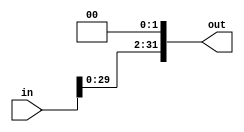
`timescale 1ns / 1ps
//////////////////////////////////////////////////////////////////////////////////
// Company: 
// Engineer: 
// 
// Design Name: 
// Module Name:    ShiftLeft2 
// Project Name: 
// Target Devices: 
// Tool versions: 
// Description: 
//
// Dependencies: 
//
// Revision: 
// Revision 0.01 - File Created
// Additional Comments: 
//
//////////////////////////////////////////////////////////////////////////////////
module ShiftLeft2(in, out);
	
	input  [31:0] in;
	output [31:0] out;
	
	assign out = in << 2;
	
endmodule